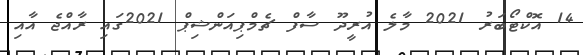
14 އޮކްޓޯބަރު 2021 މާލެ އުރީދޫ ސާފް ޗެމްޕިއަންޝިޕް 2021ގައި ރާއްޖެ އާއި